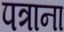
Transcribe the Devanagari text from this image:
पत्राना